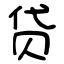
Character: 贷